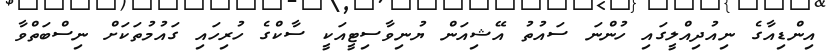
އިންޑިއާގެ ނިއުދިއްލީގައި ހުންނަ ސައުތު އޭޝިއަން ޔުނިވާސިޓީއަކީ ސާކްގެ ހުރިހައި ގައުމުތަކަށް ނިސްބަތްވާ